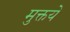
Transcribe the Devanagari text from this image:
मुक्तये